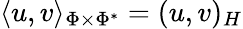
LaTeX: \langle u,v\rangle_{\Phi\times\Phi^{*}}=(u,v)_{H}